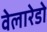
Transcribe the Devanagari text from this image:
वेलारेडो